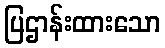
ပြဌာန်းထားသော